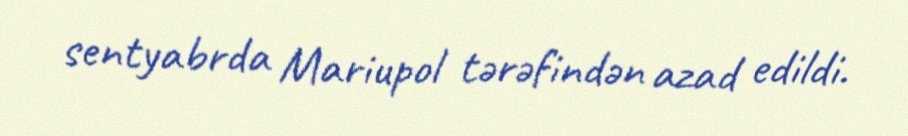
sentyabrda Mariupol tərəfindən azad edildi.